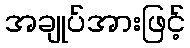
အချုပ်အားဖြင့်